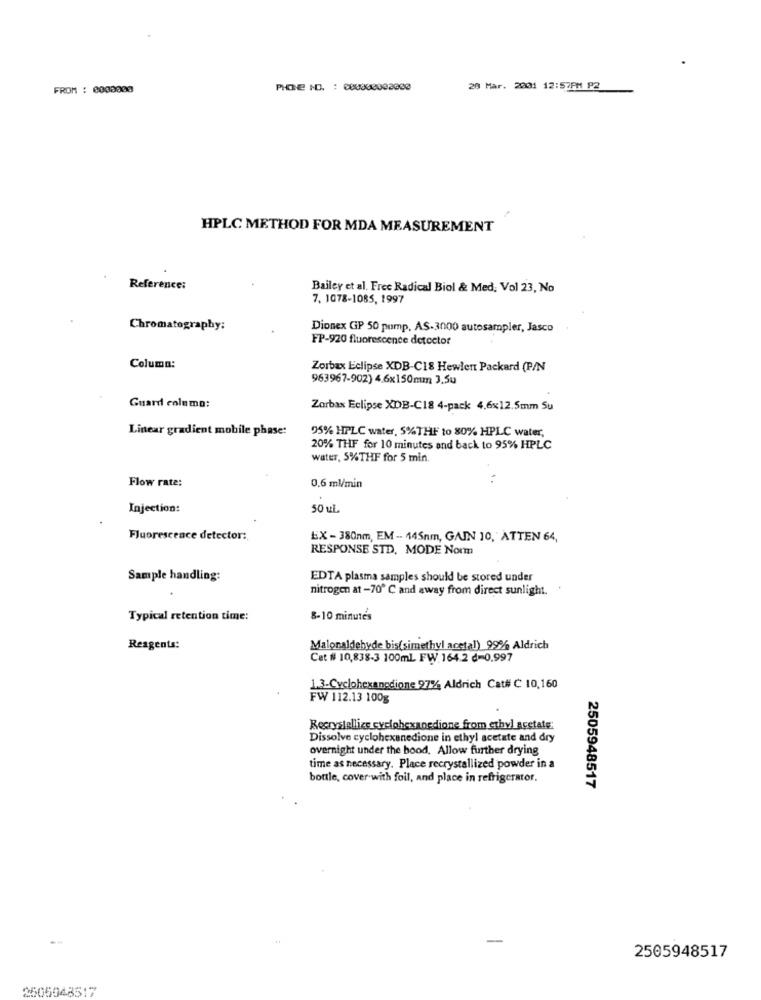
FROM : 0000000
20 Mar. 2001 12:57PM P2
HPLC METHOD FOR MDA MEASUREMENT
Reference:
Bailey et al. Free Radical Biol & Med, Vol 23, No
7. 1078-1085, 1997
Chromatography:
Dionex GP 50 pump, AS-3000 autosampler, Jasco
FP-920 fluorescence detector
Column:
Zorbax Eclipse XDB-C18 Hewlett Packard (P/N
963967-902) 4.6x150mm 3,5u
Guard columo:
Zorbax Eclipse XDB-C18 4-pack 4,6x12.5mm Su
Linear gradient mobile phase:
95% HPLC water, 5%THF to 80% HPLC water,
20% THF for 10 minutes and back to 95% HPLC
water, 5%THF for 5 min
Flow rate:
. .
0.6 ml/min
Injection:
50 uL
Fluorescence detector:
EX - 380nm, EM -- 445nm, GAIN 10, ATTEN 64,
RESPONSE STD, MODE Norm
Sample handling:
EDTA plasma samples should be stored under
nitrogen at -70 ℃ and away from direct sunlight.
Typical retention time:
8-10 minutes
Reagents:
Malonaldehyde bis(simethyl acetal) 99% Aldrich
Cet # 10,838-3 100ml FW.164.2 d=0.997
1.3-Cyclohexanedione 97% Aldrich Cat# C 10,160
FW 112.13 100g
Recrystallize cyclohexanedione from ethyl acetate
Dissolve cyclohexanedione in ethyl acetate and dry
overnight under the bood. Allow further drying
time as necessary. Place recrystallized powder in a
bottle, cover with foil, and place in refrigerator.
2505948517
2505948517
2505948517